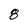
Character: 8